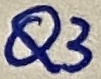
Text: Q3